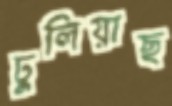
ঢুলিয়াছ